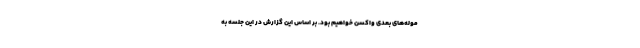
موله‌های بعدی واکسن خواهیم بود. بر اساس این گزارش در این جلسه به